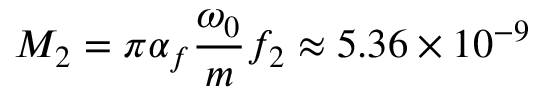
M _ { 2 } = \pi \alpha _ { f } \frac { \omega _ { 0 } } { m } f _ { 2 } \approx 5 . 3 6 \times 1 0 ^ { - 9 }